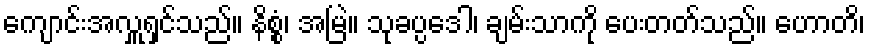
ကျောင်းအလှူရှင်သည်။ နိစ္စံ၊ အမြဲ။ သုခပ္ပဒေါ၊ ချမ်းသာကို ပေးတတ်သည်။ ဟောတိ၊